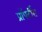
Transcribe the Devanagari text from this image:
प्रॉपर्टीस